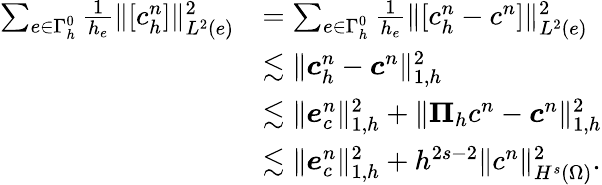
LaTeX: \begin{array}{rl}{\sum_{e\in\Gamma_{h}^{0}}\frac{1}{h_{e}}\Vert[c_{h}^{n}]\Vert_{L^{2}(e)}^{2}}&{=\sum_{e\in\Gamma_{h}^{0}}\frac{1}{h_{e}}\Vert[c_{h}^{n}-c^{n}]\Vert_{L^{2}(e)}^{2}}\\ &{\lesssim\Vert\boldsymbol{c}_{h}^{n}-\boldsymbol{c}^{n}\Vert_{1,h}^{2}}\\ &{\lesssim\Vert\boldsymbol{e}_{c}^{n}\Vert_{1,h}^{2}+\Vert\boldsymbol{\Pi}_{h}c^{n}-\boldsymbol{c}^{n}\Vert_{1,h}^{2}}\\ &{\lesssim\Vert\boldsymbol{e}_{c}^{n}\Vert_{1,h}^{2}+h^{2s-2}\Vert c^{n}\Vert_{H^{s}(\Omega)}^{2}.}\end{array}